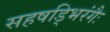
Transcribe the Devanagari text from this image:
सहषड्भिरंगैः